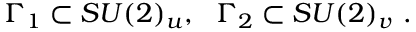
\Gamma _ { 1 } \subset S U ( 2 ) _ { u } , ~ ~ \Gamma _ { 2 } \subset S U ( 2 ) _ { v } \ .